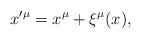
LaTeX: \begin{align*}x^{\prime \mu }=x^{\mu }+\xi ^{\mu }(x), \end{align*}